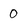
Character: O